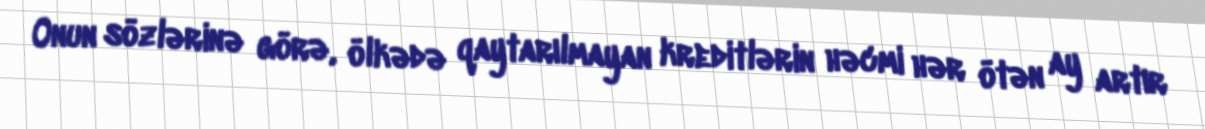
Onun sözlərinə görə, ölkədə qaytarılmayan kreditlərin həcmi hər ötən ay artır